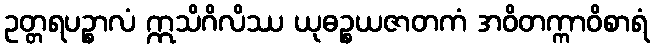
ဥတ္တရပဉ္စာလံ ဣသိဂိလိဿ ယုဓဉ္စယဇာတကံ အဝိတက္ကာဝိစာရံ